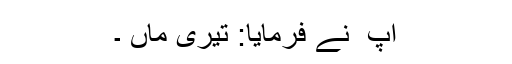
آپ ؐ نے فرمایا: تیری ماں ۔